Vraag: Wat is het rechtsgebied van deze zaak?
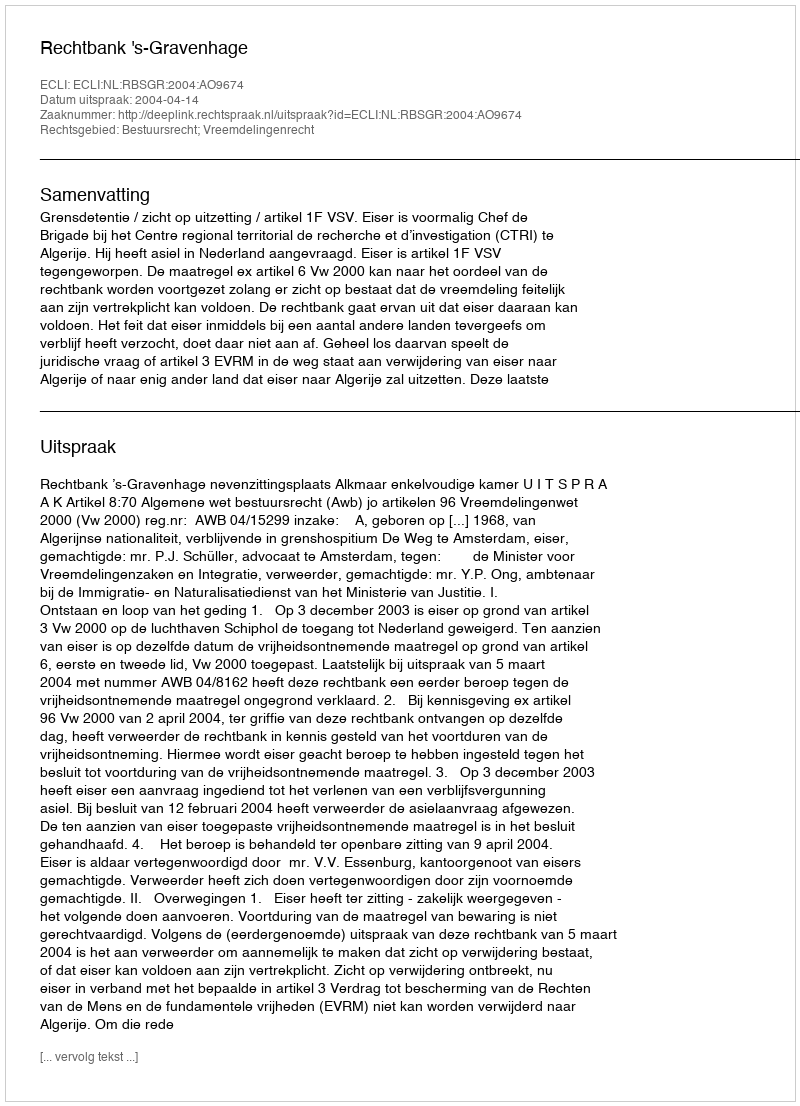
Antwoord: Bestuursrecht; Vreemdelingenrecht